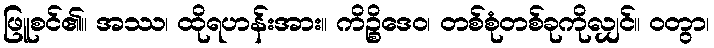
ဖြူစင်၏။ အဿ၊ ထိုရဟန်းအား။ ကိဉ္စိဒေဝ၊ တစ်စုံတစ်ခုကိုလျှင်။ ဝတွာ၊